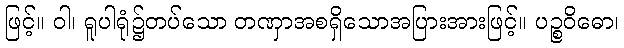
ဖြင့်။ ဝါ၊ ရူပါရုံ၌တပ်သော တဏှာအစရှိသောအပြားအားဖြင့်။ ပဉ္စဝိဓော၊